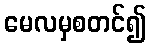
မေလမှစတင်၍